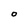
Character: 0